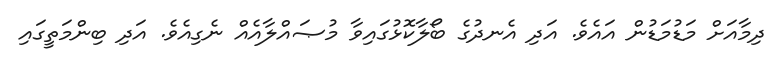
ދިމާއަށް މަޑުމަޑުން އައެވެ. އަދި އެނދުގެ ބޯލާކޮޅުގައިވާ މުޞައްލާއެއް ނެގިއެވެ. އަދި ބިންމަތީގައި